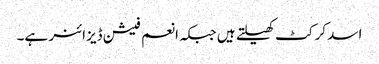
اسد کرکٹ کھیلتے ہیں جبکہ انعم فیشن ڈیزائنر ہے۔